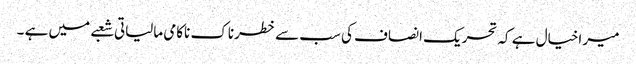
میر اخیال ہے کہ تحریک انصاف کی سب سے خطرناک ناکامی مالیاتی شعبے میں ہے ۔